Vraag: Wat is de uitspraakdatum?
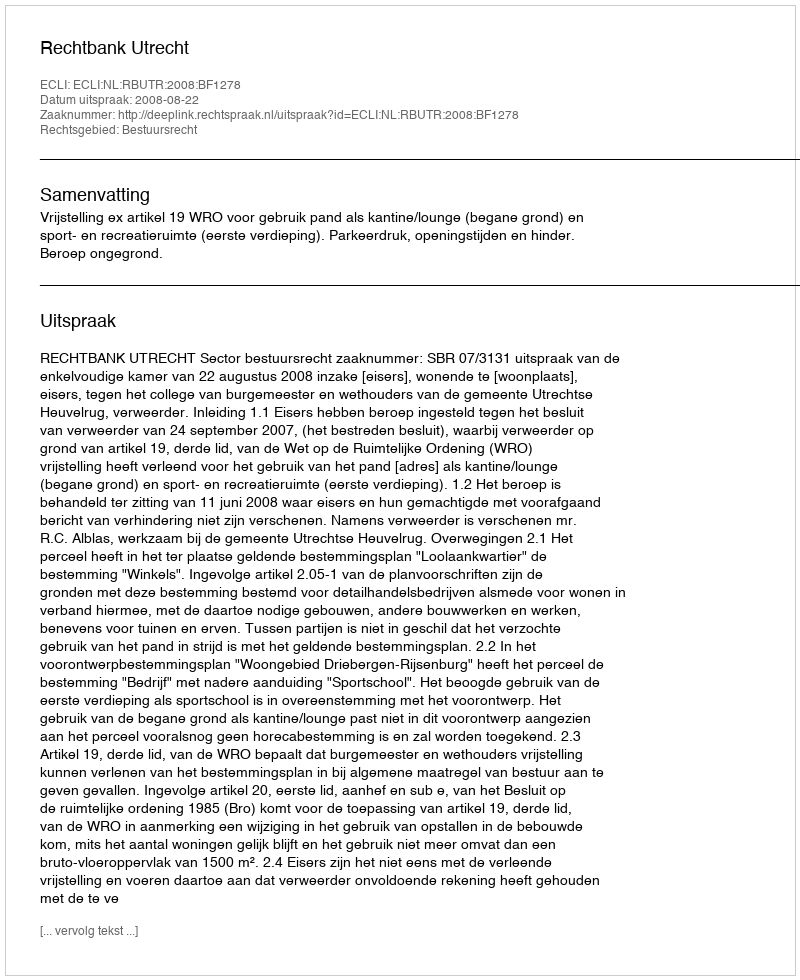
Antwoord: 2008-08-22